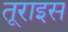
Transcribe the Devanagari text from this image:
तूराइस